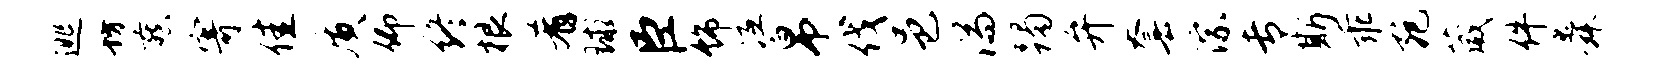
逃坊燕寄佳质仰终根肴球臣饰冱帛伐邑湍躅弁套淙专斯乖宛葳件舜